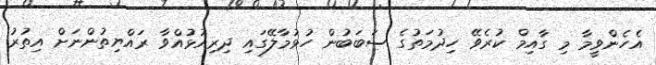
އެހެންވީމާ މި ގާއިމް ކުރެވޭ ހިދުމަތުގެ ސަބަބުން ހުޅުމާލޭގައި ދިރިއުޅުއްވާ ރައްޔިތުންނަށް އިތުރު